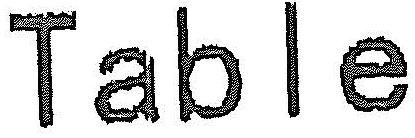
TABLE